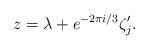
LaTeX: \begin{align*}z=\lambda+e^{-2\pi i/3}\zeta_j'.\end{align*}